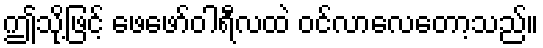
ဤသို့ဖြင့် ဖေဖော်ဝါရီလထဲ ဝင်လာလေတော့သည်။